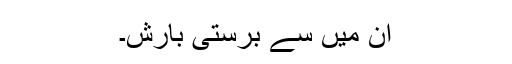
ان میں سے برستی بارش۔